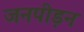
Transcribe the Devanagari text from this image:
जनपीड़न